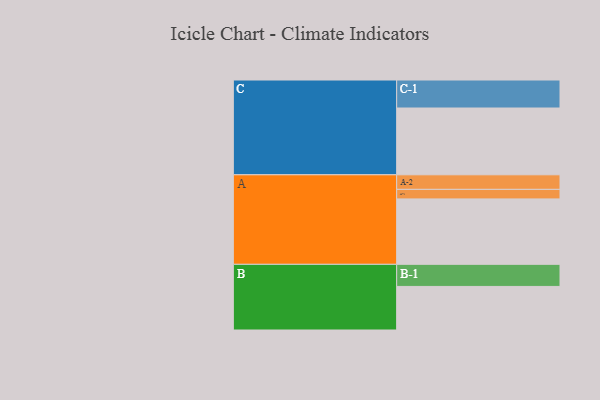
{"axis": {"x": "Segment", "y": "Value"}, "legend": ["", "A", "B", "C"], "data": [{"x": "A", "y": 521, "type": ""}, {"x": "B", "y": 347, "type": ""}, {"x": "C", "y": 532, "type": ""}, {"x": "A-1", "y": 76, "type": "A"}, {"x": "A-2", "y": 116, "type": "A"}, {"x": "B-1", "y": 176, "type": "B"}, {"x": "C-1", "y": 223, "type": "C"}]}